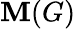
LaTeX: \operatorname{\mathbf{M}}(G)